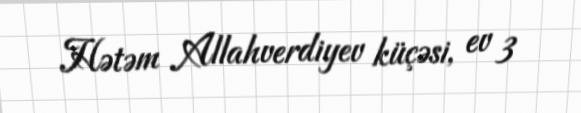
Hətəm Allahverdiyev küçəsi, ev 3